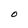
Character: O